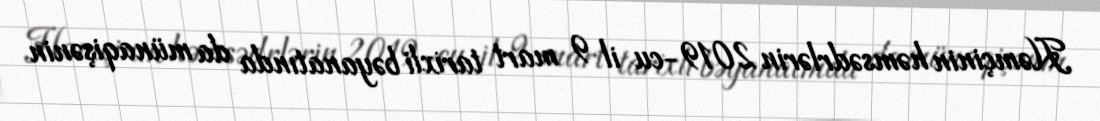
Həmçinin həmsədrlərin 2019-cu il 9 mart tarixli bəyanatında da münaqişənin